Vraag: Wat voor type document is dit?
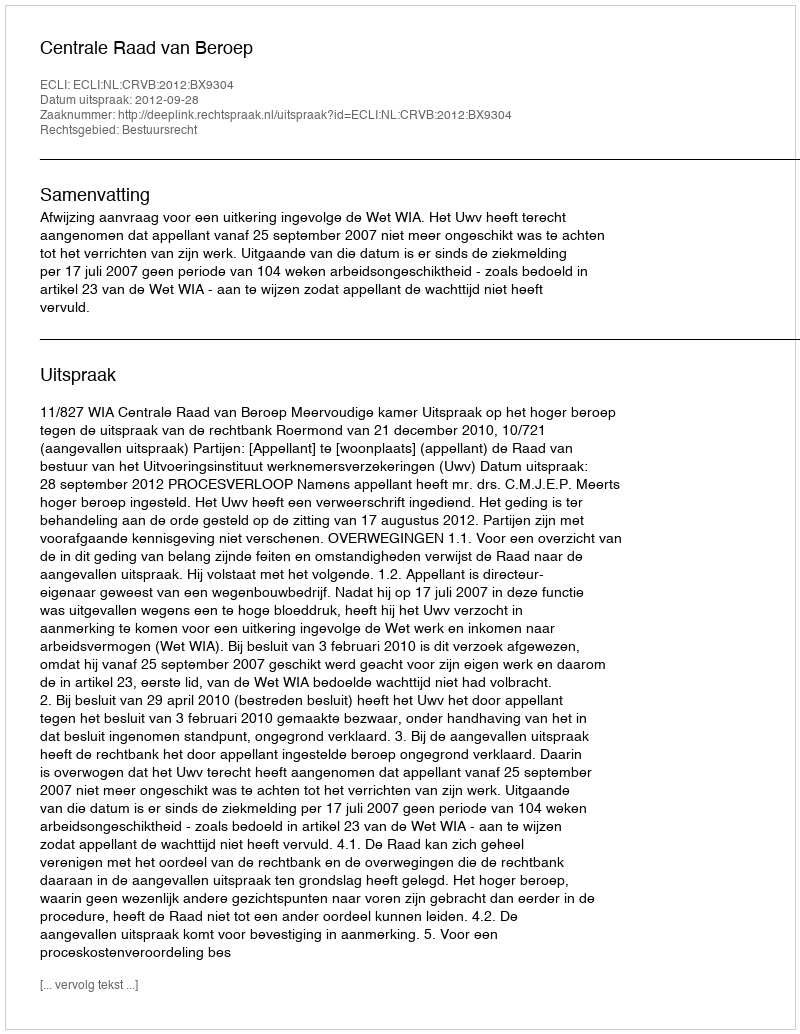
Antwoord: Uitspraak